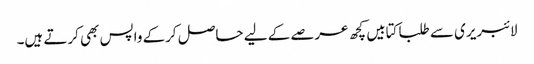
لائبریری سے طلبا کتابیں کچھ عرصے کے لیے حاصل کرکے واپس بھی کرتے ہیں۔